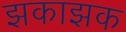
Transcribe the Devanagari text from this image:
झकाझक